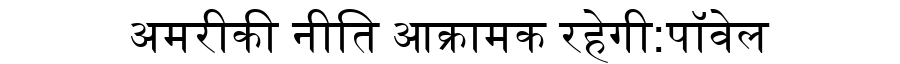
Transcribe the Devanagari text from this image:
अमरीकी नीति आक्रामक रहेगी:पॉवेल